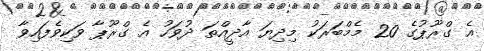
އެ ގްރޫޕުގެ 20 މެމްބަރަކު މިދިޔަ އާދީއްތަ ދުވަހު އެ ގްރޫޕާ ވަކިވެފައިވާ